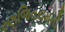
રણજિતરામની